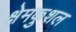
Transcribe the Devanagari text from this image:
क्षेमकुशल